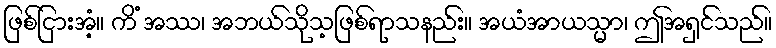
ဖြစ်ငြားအံ့။ ကိံ အဿ၊ အဘယ်သိုသ့ဖြစ်ရာသနည်း။ အယံအာယသ္မာ၊ ဤအရှင်သည်။